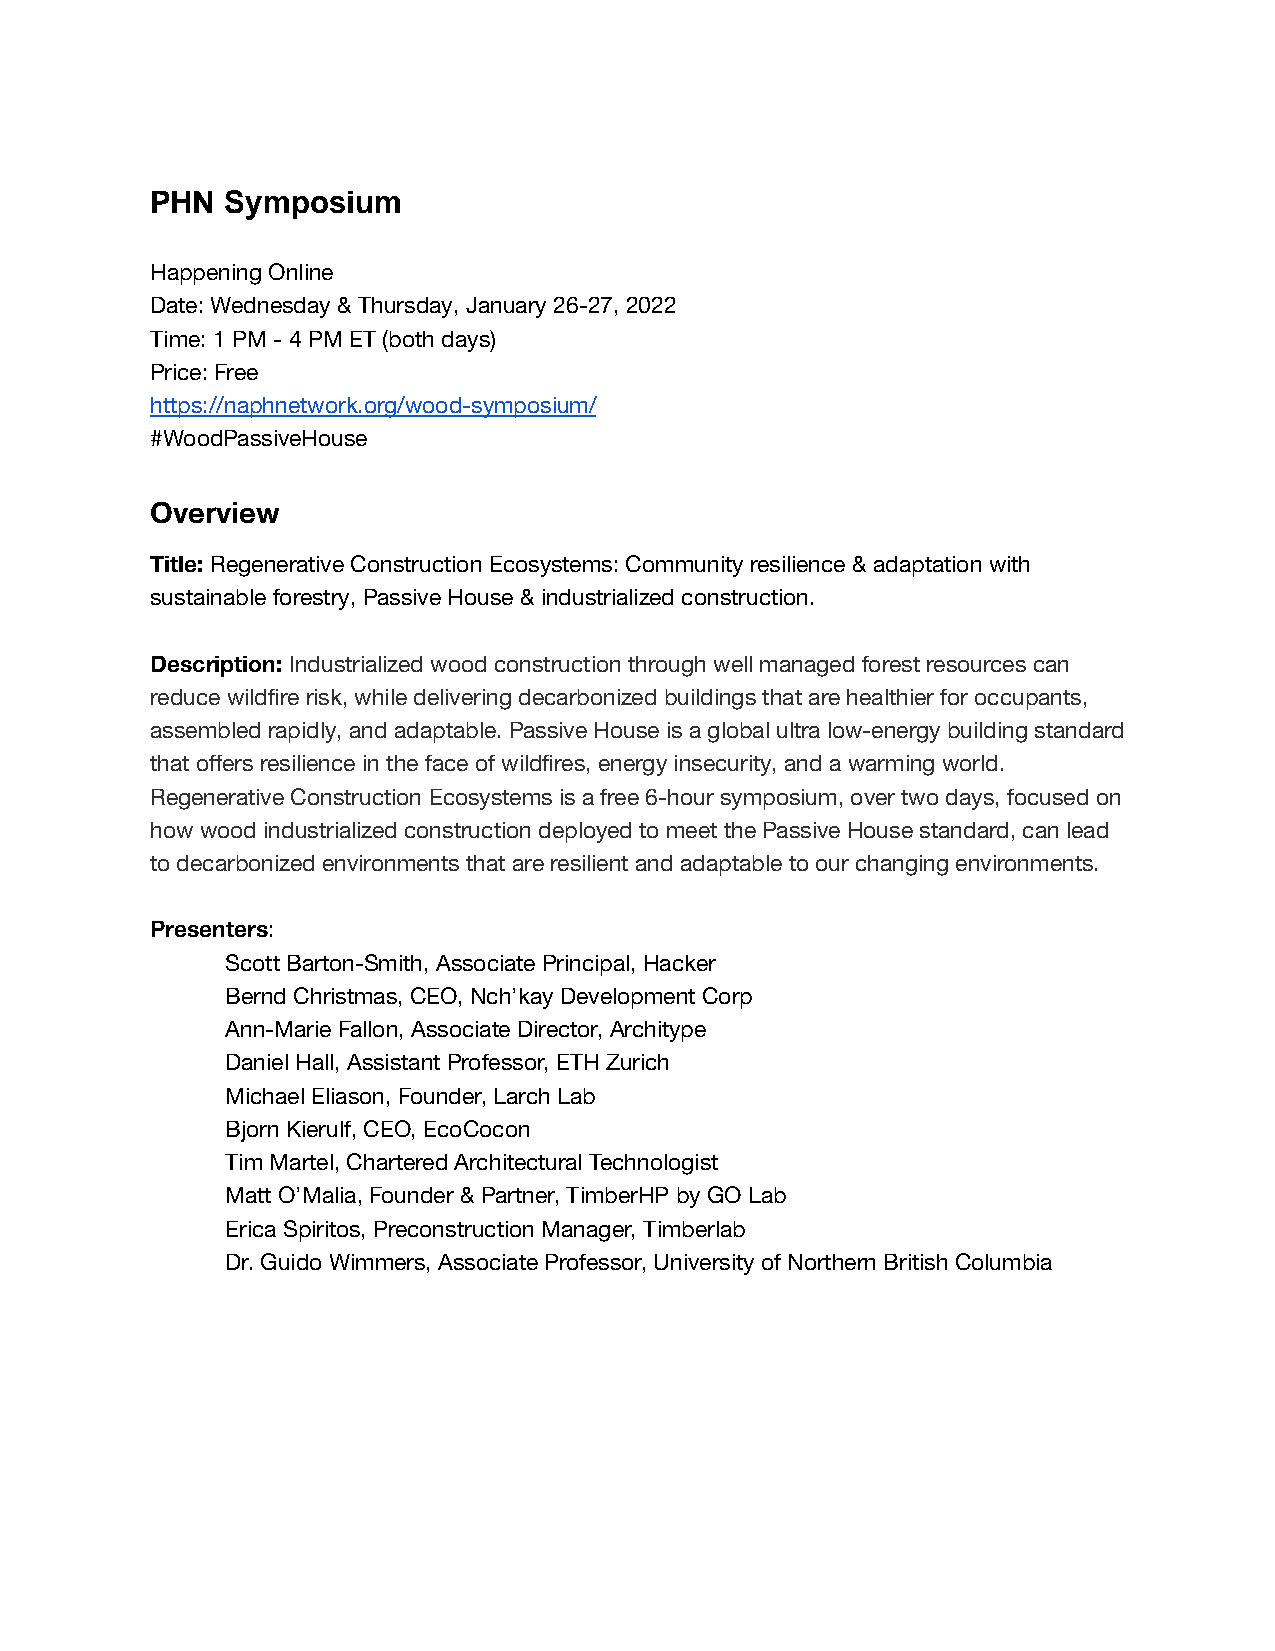
PHN  Symposium
 Happening Online
 Date: Wednesday & Thursday, January 26-27, 2022
 Time: 1 PM - 4 PM ET (both days)
 Price: Free
 https://naphnetwork.org/wood-symposium/
 #WoodPassiveHouse
 Overview
 Title: Regenerative Construction Ecosystems: Community resilience & adaptation with
 sustainable forestry, Passive House & industrialized construction.
 Description: Industrialized wood construction through well managed forest resources can
 reduce wildfire risk, while delivering decarbonized buildings that are healthier for occupants,
 assembled rapidly, and adaptable. Passive House is a global ultra low-energy building standard
 that offers resilience in the face of wildfires, energy insecurity, and a warming world.
 Regenerative Construction Ecosystems is a free 6-hour symposium, over two days, focused on
 how wood industrialized construction deployed to meet the Passive House standard, can lead
 to decarbonized environments that are resilient and adaptable to our changing environments.
 Presenters:
 Scott Barton-Smith, Associate Principal, Hacker
 Bernd Christmas, CEO, Nch’kay Development Corp
 Ann-Marie Fallon, Associate Director, Architype
 Daniel Hall, Assistant Professor, ETH Zurich
 Michael Eliason, Founder, Larch Lab
 Bjorn Kierulf, CEO, EcoCocon
 Tim Martel, Chartered Architectural Technologist
 Matt O’Malia, Founder & Partner, TimberHP by GO Lab
 Erica Spiritos, Preconstruction Manager, Timberlab
 Dr. Guido Wimmers, Associate Professor, University of Northern British Columbia